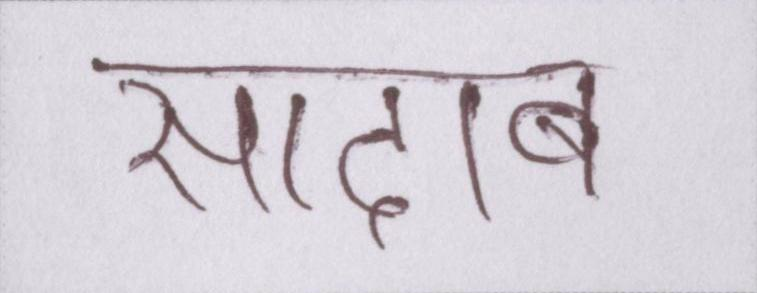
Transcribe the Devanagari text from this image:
सादाब